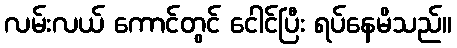
လမ်းလယ် ကောင်တွင် ငေါင်ပြီး ရပ်နေမိသည်။